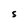
Character: S